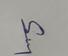
Signature authenticity: genuine